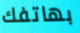
بهاتفك